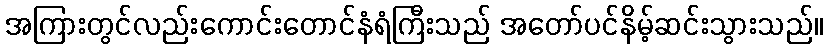
အကြားတွင်လည်းကောင်းတောင်နံရံကြီးသည် အတော်ပင်နိမ့်ဆင်းသွားသည်။